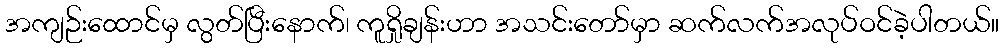
အကျဉ်းထောင်မှ လွတ်ပြီးနောက်၊ ကူရှိုချန်းဟာ အသင်းတော်မှာ ဆက်လက်အလုပ်ဝင်ခဲ့ပါတယ်။